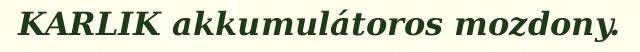
KARLIK akkumulátoros mozdony.